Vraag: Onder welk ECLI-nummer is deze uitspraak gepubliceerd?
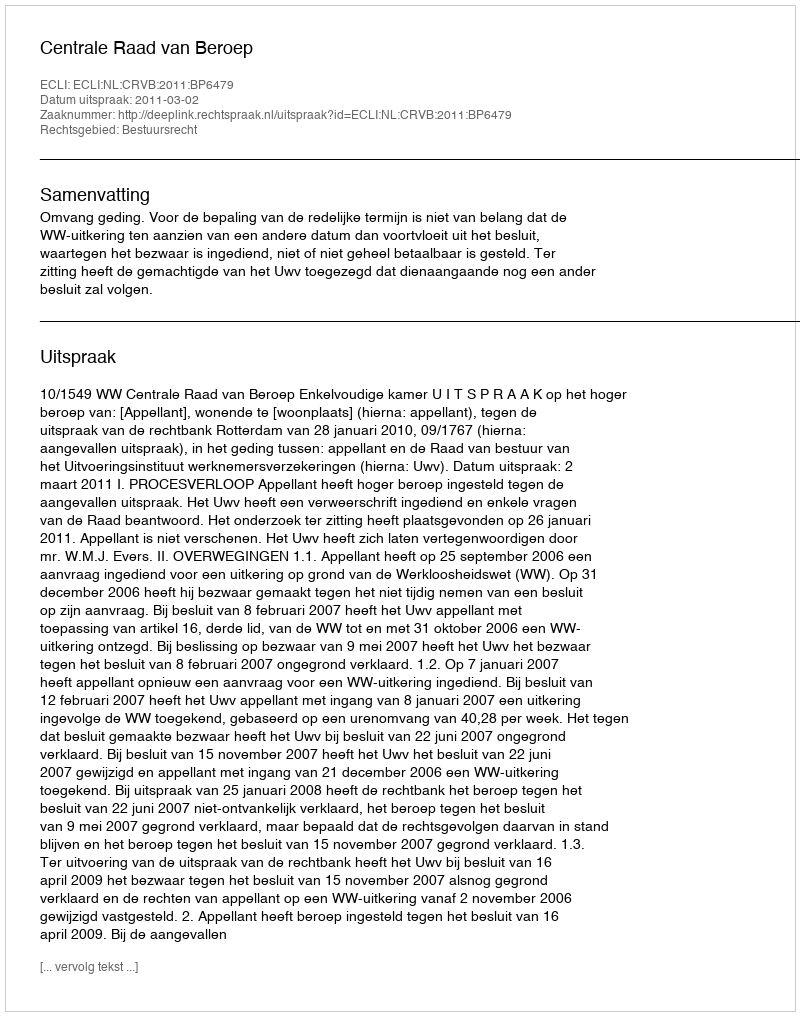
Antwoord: ECLI:NL:CRVB:2011:BP6479